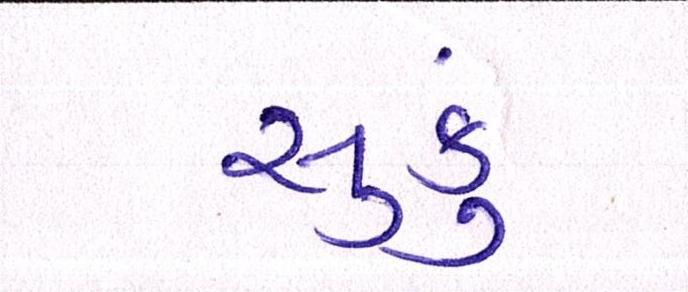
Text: સુકું